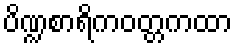
ပိဏ္ဍစာရိကဝတ္တကထာ